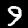
Digit: 9